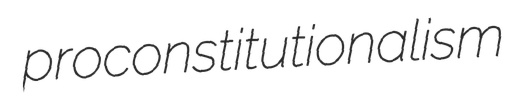
proconstitutionalism